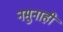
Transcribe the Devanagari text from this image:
नमुनाही